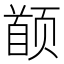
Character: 𬱯